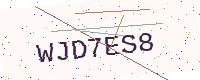
Text: WJD7ES8